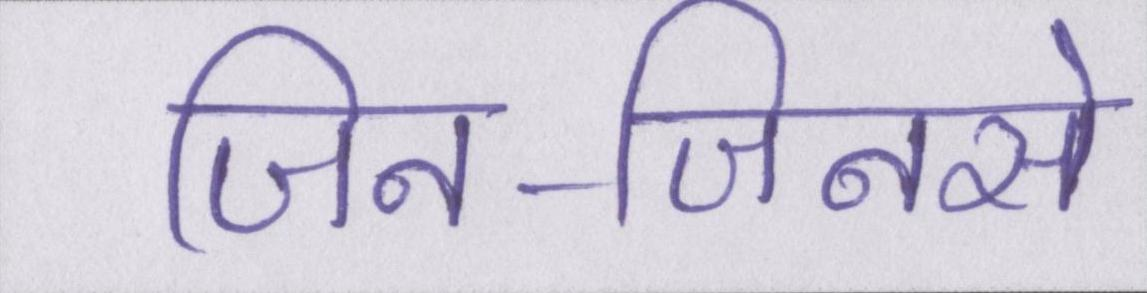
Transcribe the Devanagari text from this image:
जिन-जिनसे